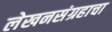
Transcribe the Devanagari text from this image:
लेखनसंग्रहाचा